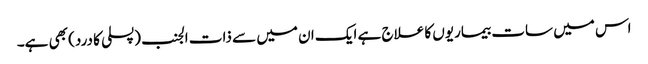
اس میں سات بیماریوں کا علاج ہے ایک ان میں سے ذات الجنب (پسلی کا درد) بھی ہے۔